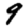
Digit: 9